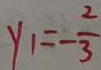
y _ { 1 } = - \frac { 2 } { 3 }